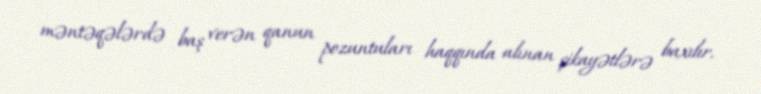
məntəqələrdə baş verən qanun pozuntuları haqqında alınan şikayətlərə baxılır.